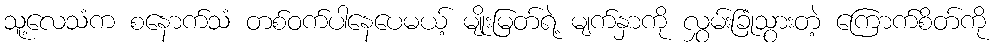
သူ့လေသံက စနောက်သံ တစ်ဝက်ပါနေပေမယ့် မျိုးမြတ်ရဲ့ မျက်နှာကို လွှမ်းခြုံသွားတဲ့ ကြောက်စိတ်ကို